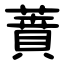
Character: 蕡